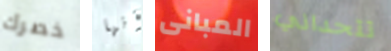
خصرك أنها المبانى تتحداني